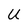
Character: U